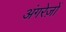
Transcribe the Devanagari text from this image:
अंगरेज़ों